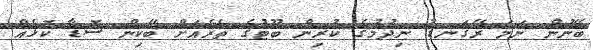
ބޭނުން ނަމަ ރޭގަނޑު ނިދުމުގެ ކުރިން ބޫޓުގެ ތެރެއަށް ބޭކިން ސޮޑާ ކޮޅެއް